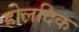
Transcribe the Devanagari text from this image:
होलदिक